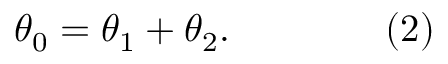
\theta _ { 0 } = \theta _ { 1 } + \theta _ { 2 } . \qquad \qquad ( 2 )